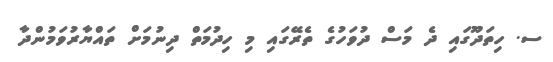
ސ. ހިތަދޫގައި ދެ މަސް ދުވަހުގެ ތެރޭގައި މި ހިދުމަތް ދިނުމަށް ތައްޔާރުވަމުންދާ